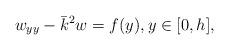
LaTeX: \begin{align*}w_{yy} - \bar k^2 w= f(y), y \in [0, h],\end{align*}